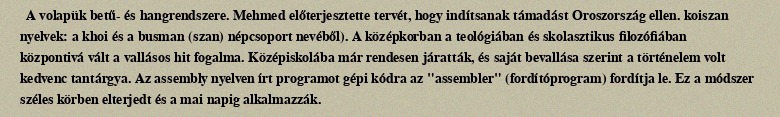
A volapük betű- és hangrendszere. Mehmed előterjesztette tervét, hogy indítsanak támadást Oroszország ellen. koiszan nyelvek: a khoi és a busman (szan) népcsoport nevéből). A középkorban a teológiában és skolasztikus filozófiában központivá vált a vallásos hit fogalma. Középiskolába már rendesen járatták, és saját bevallása szerint a történelem volt kedvenc tantárgya. Az assembly nyelven írt programot gépi kódra az "assembler" (fordítóprogram) fordítja le. Ez a módszer széles körben elterjedt és a mai napig alkalmazzák.